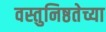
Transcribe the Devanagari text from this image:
वस्तुनिष्ठतेच्या